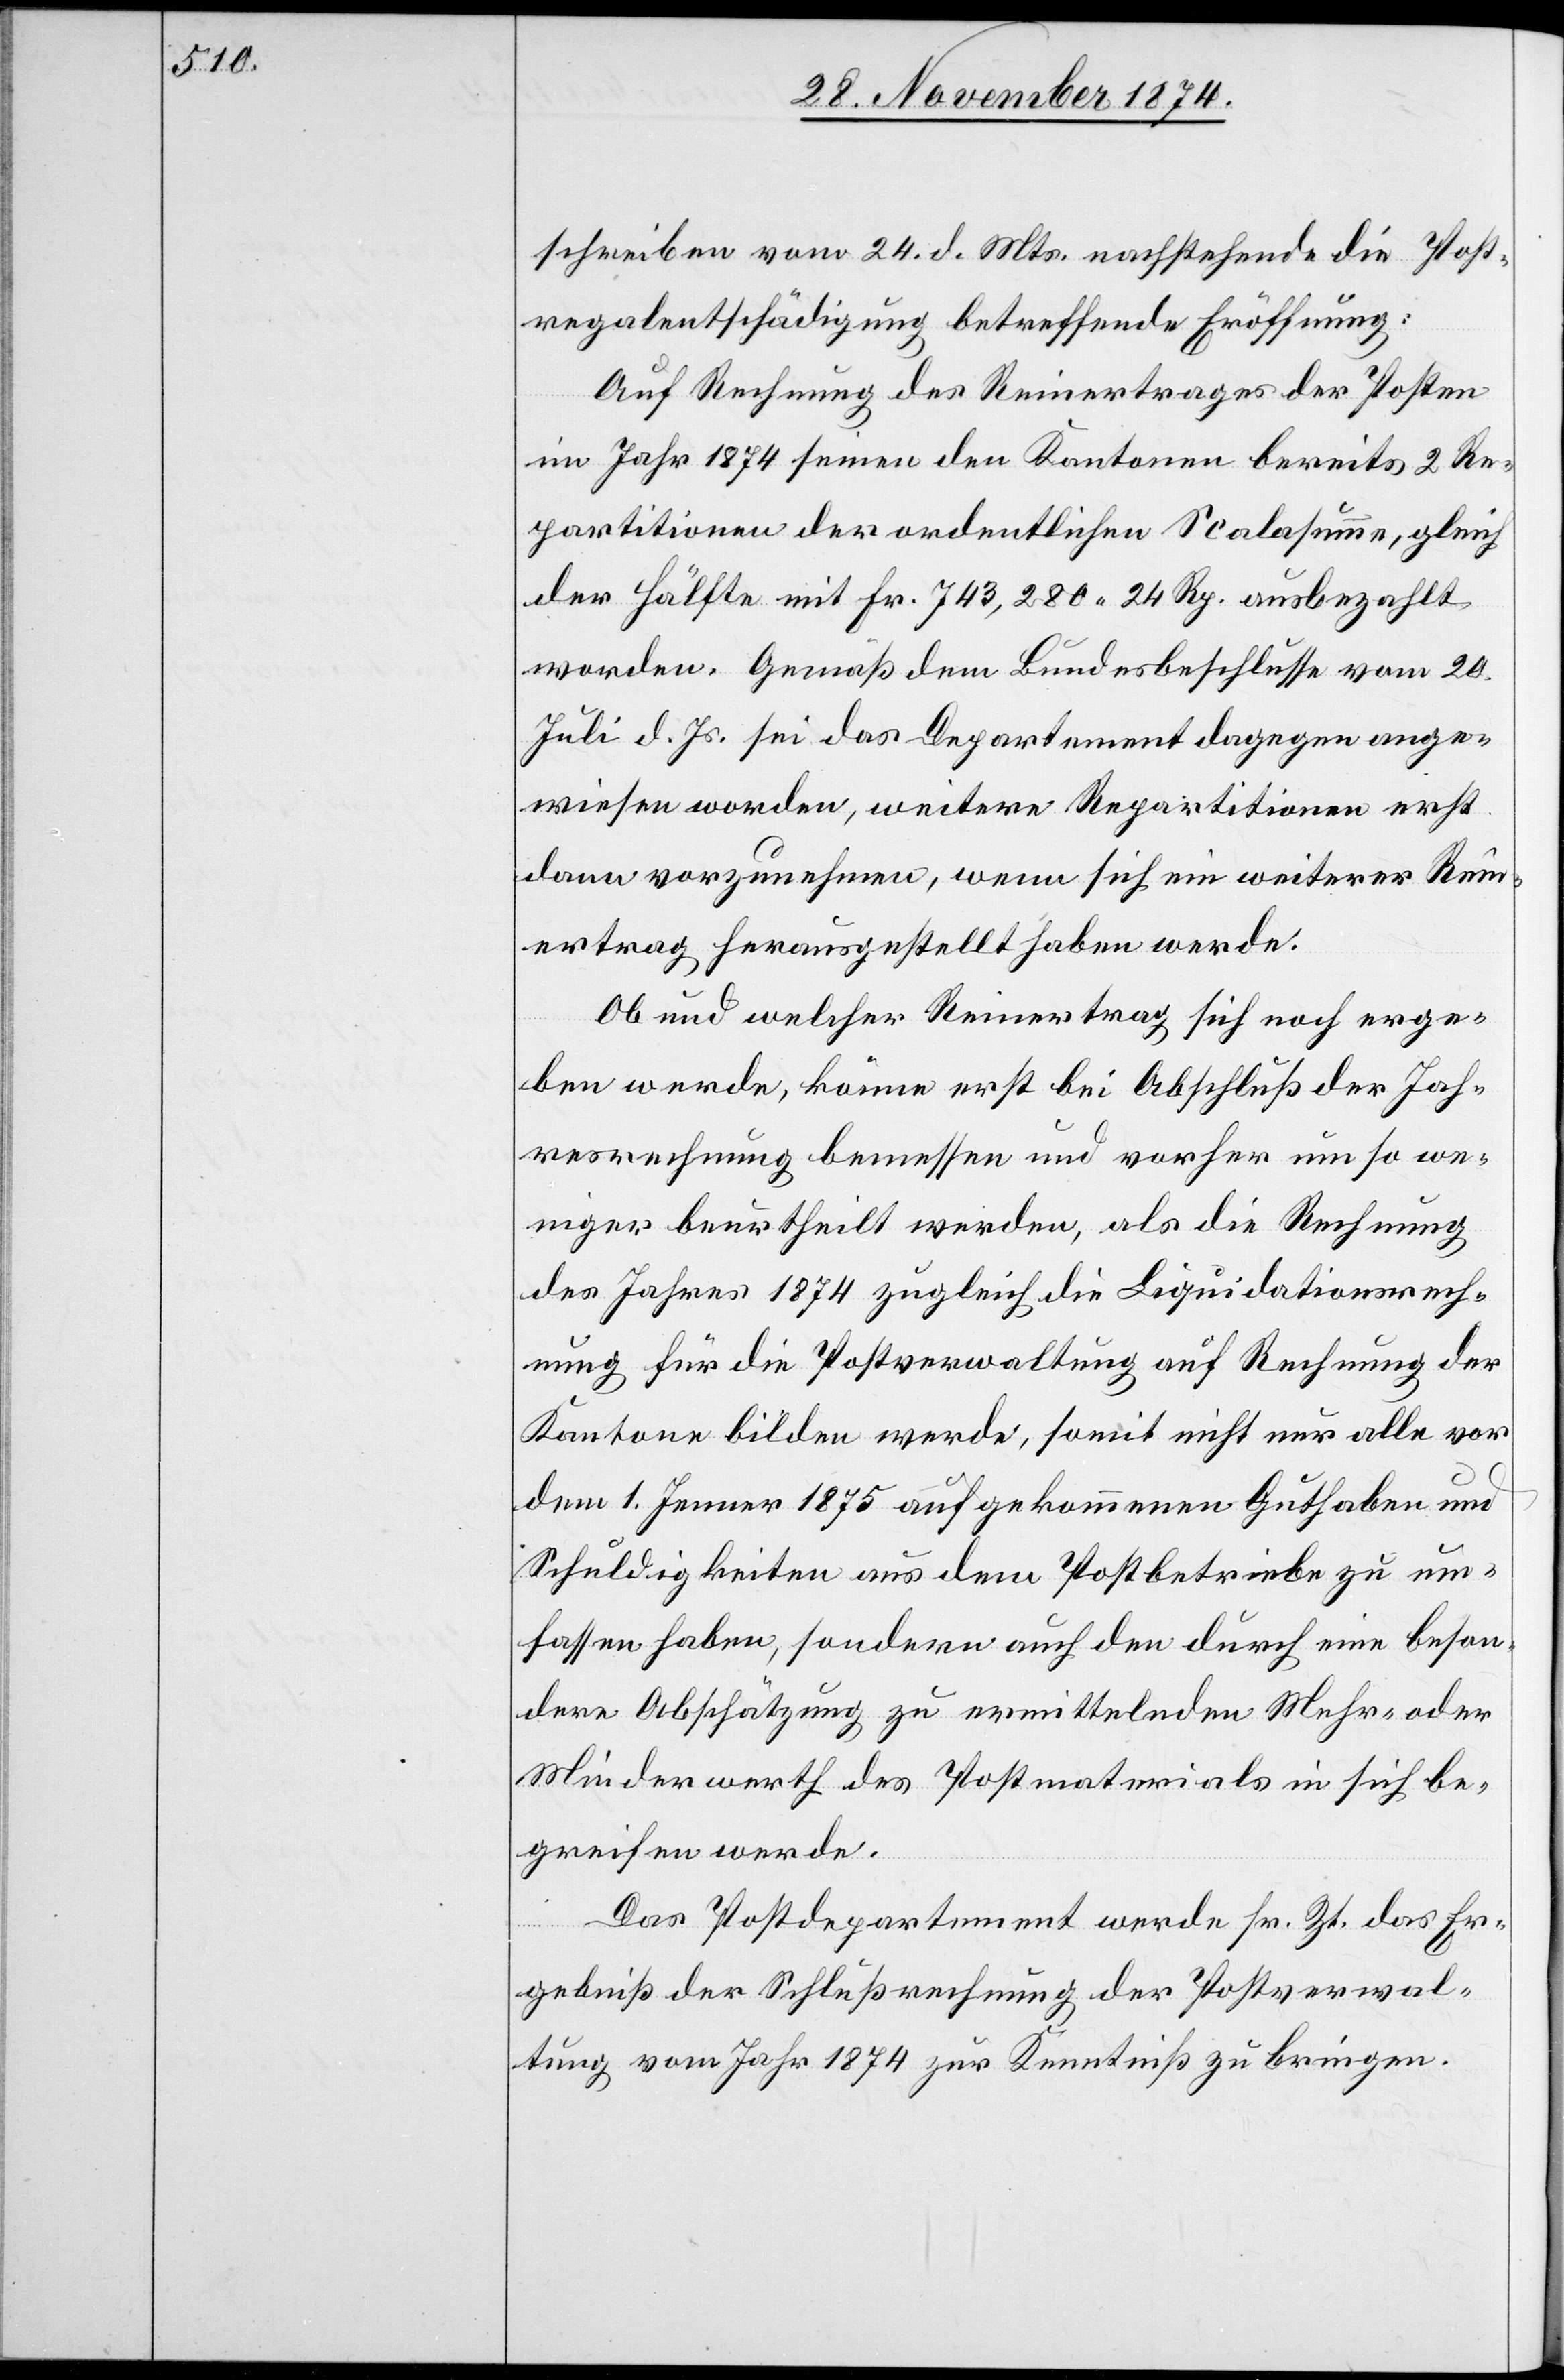
schreiben vom 24. d. Mts. nachstehende die Post¬
regalentschädigung betreffende Eröffnung:
Auf Rechnung des Reinertrages der Posten
im Jahr 1874 seien den Kantonen bereits 2 Re¬
partitionen der ordentlichen Scalasumme, gleich
der Hälfte mit Fr. 743,280. 24 Rp. ausbezahlt
worden. Gemäß dem Bundesbeschlusse vom 20.
Juli d. Js. sei das Departement dagegen ange¬
wiesen worden, weitere Repartitionen erst
dann vorzunehmen, wenn sich ein weiterer Rein¬
ertrag herausgestellt haben werde.
Ob und welcher Reinertrag sich noch erge¬
ben werde, könne erst bei Abschluß der Jah¬
resrechnung bemessen und vorher um so we¬
niger beurtheilt werden, als die Rechnung
des Jahres 1874 zugleich die Liquidationsrech¬
nung für die Postverwaltung auf Rechnung der
Kantone bilden werde, somit nicht nur alle vor
dem 1. Jenner 1875 aufgekommenen Guthaben und
Schuldigkeiten aus dem Postbetriebe zu um¬
fassen haben, sondern auch den durch eine beson¬
dere Abschätzung zu ermittelnden Mehr- oder
Minderwerth des Postmaterials in sich be¬
greifen werde.
Das Postdepartement werde sr. Zt. das Er¬
gebniß der Schlußrechnung der Postverwal¬
tung vom Jahr 1874 zur Kentnniß zu bringen.